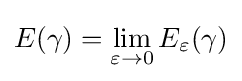
E(\gamma )=\lim _{\varepsilon \to 0}E_{\varepsilon }(\gamma )